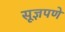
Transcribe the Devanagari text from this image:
सूज्ञपणे